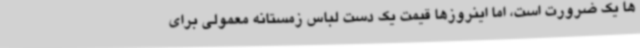
ها یک ضرورت است، اما اینروزها قیمت یک دست لباس زمستانه معمولی برای